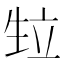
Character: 𭺴